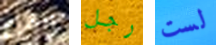
القرع رجل لست